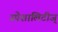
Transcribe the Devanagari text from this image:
स्पेशालिटीज्